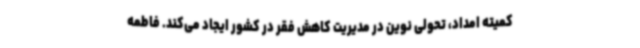
کمیته امداد، تحولی نوین در مدیریت کاهش فقر در کشور ایجاد می‌کند. فاطمه